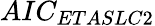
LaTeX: AIC_{ETASLC2}